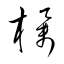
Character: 欅